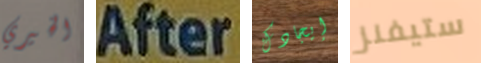
الخيري After إيجادك ستيفنز